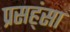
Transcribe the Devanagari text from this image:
प्रसह्ंसा